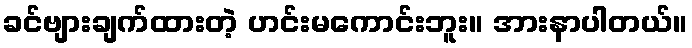
ခင်ဗျားချက်ထားတဲ့ ဟင်းမကောင်းဘူး။ အားနာပါတယ်။